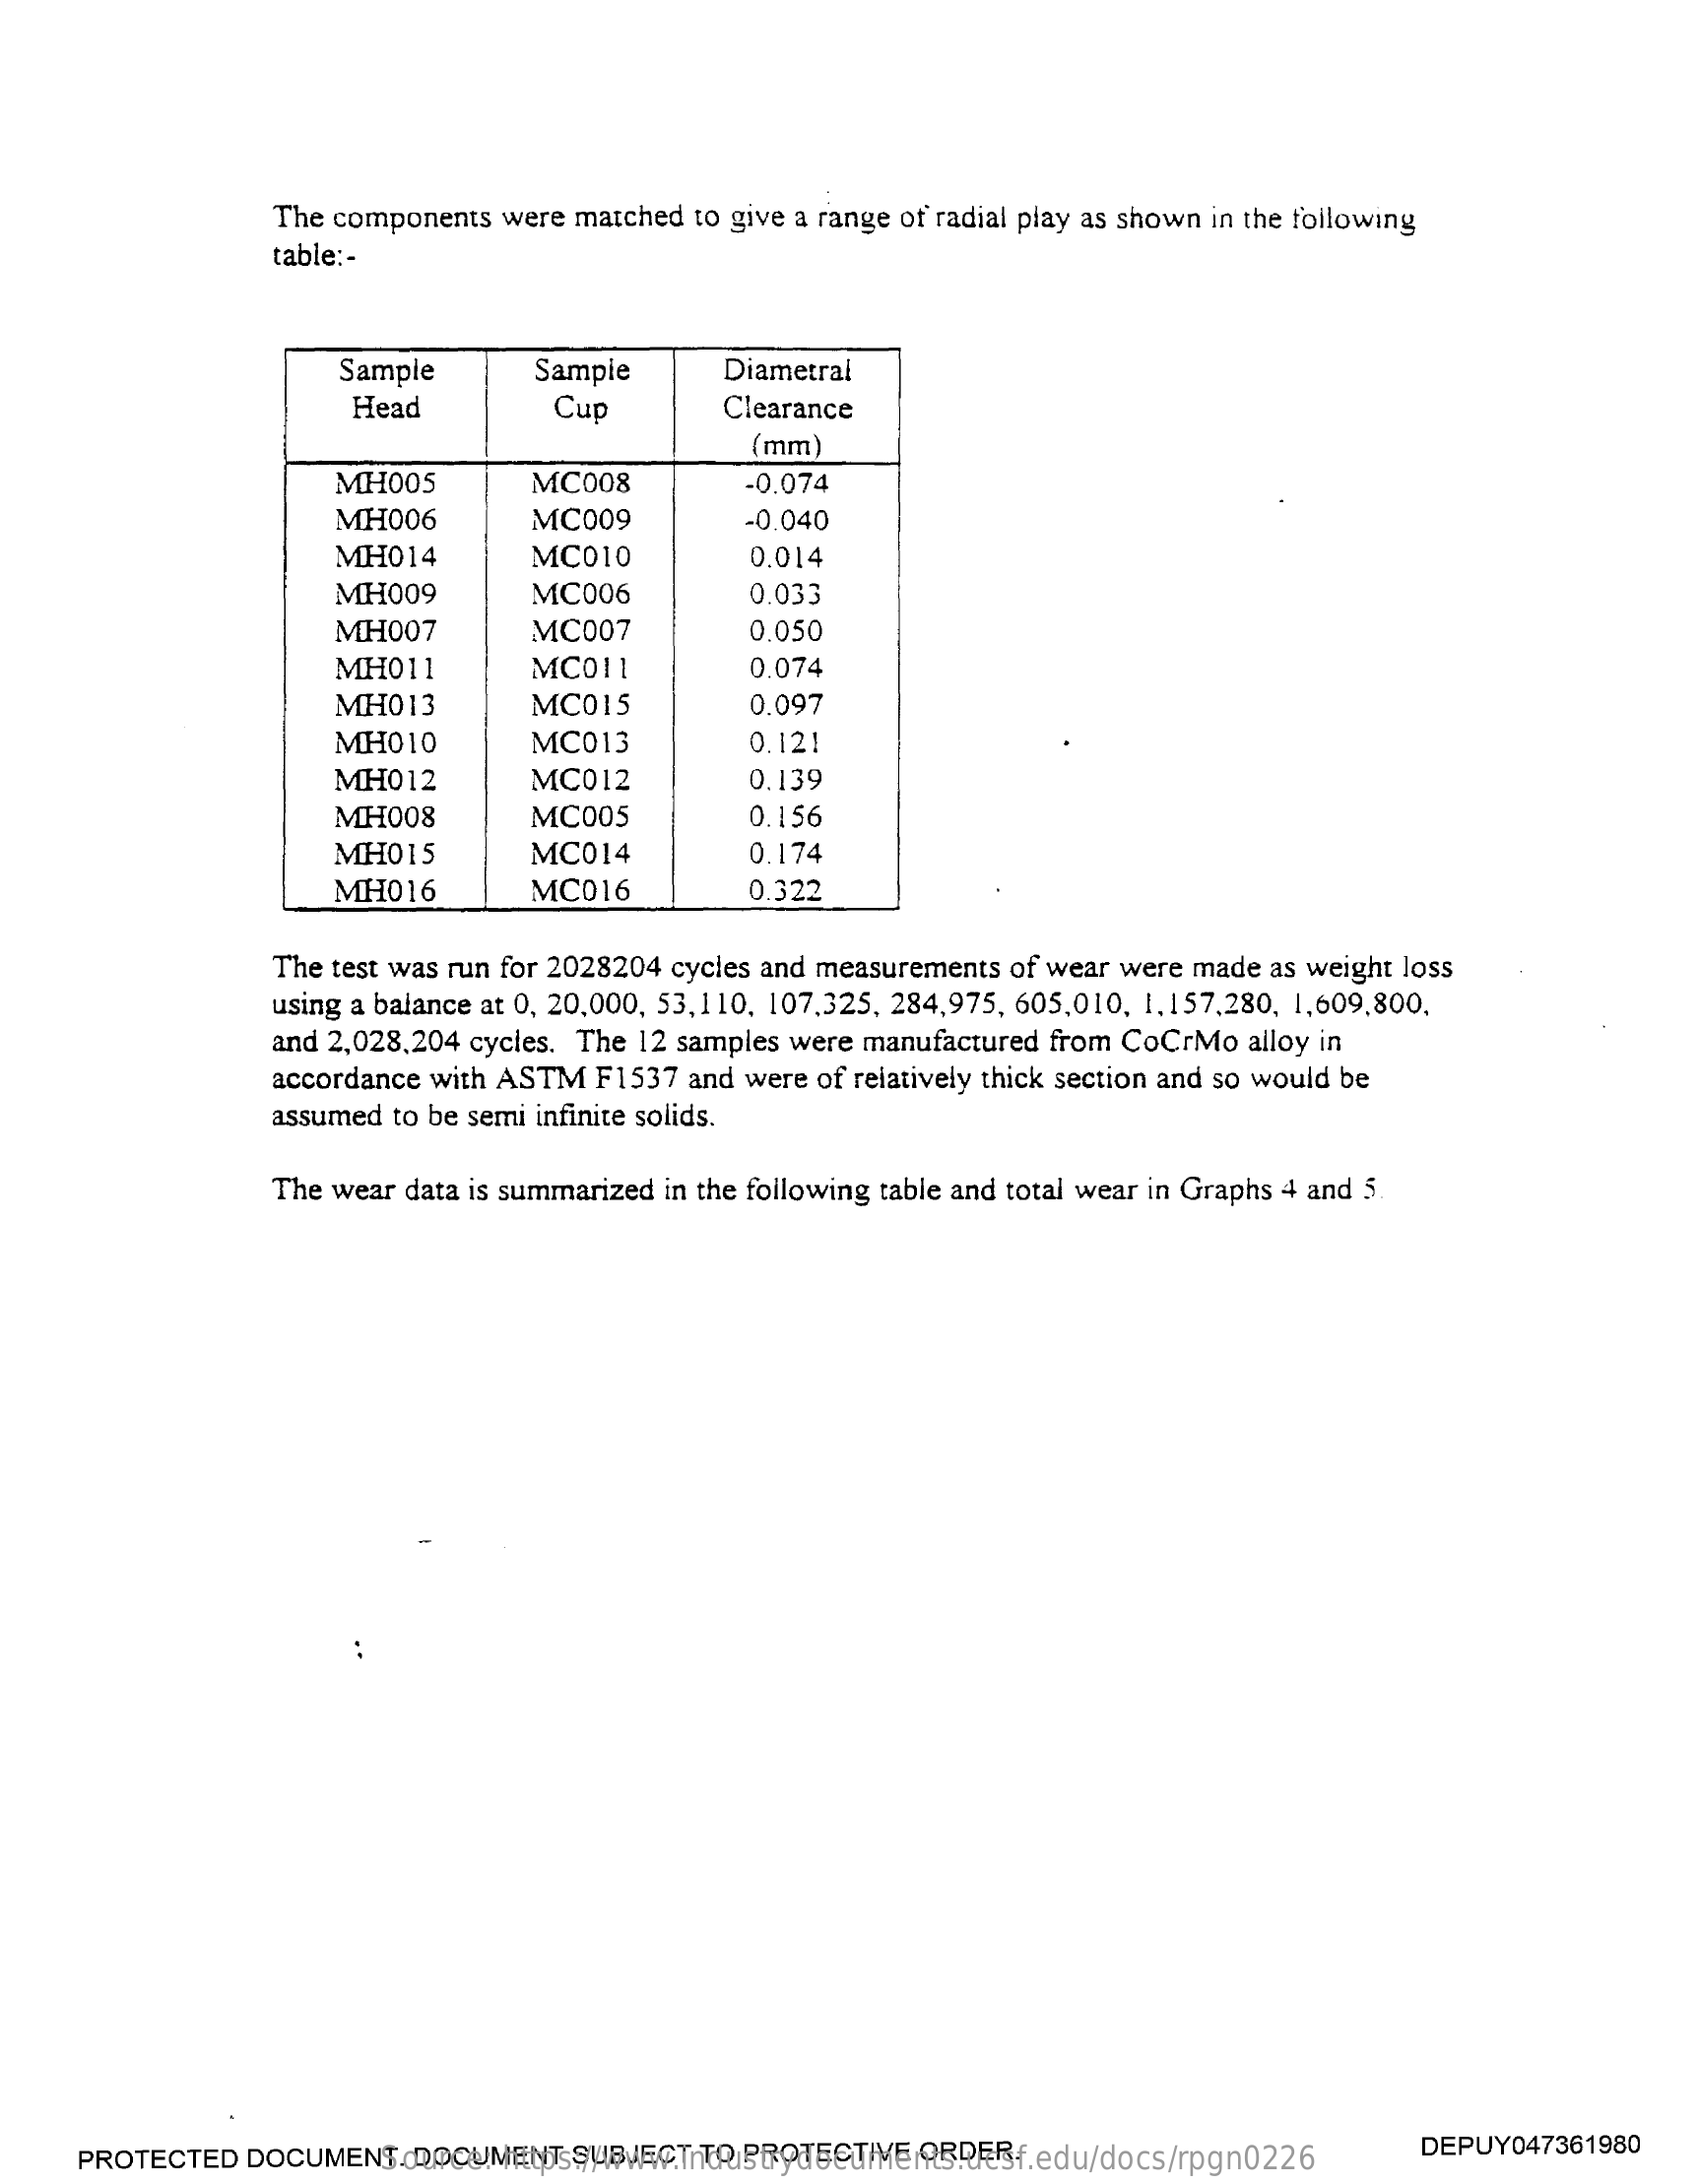
The components    were  matched   to  give a range  of  radial play  as shown   in the following
     table :-
     Sample    Sample    Diametral
     Head    Cup    Clearance
     (mm)
     MH005    MC008    -0.074
     MH006    MC009    -0.040
     MH014    MC010    0.014
     MH009    MC006    0.033
     MH007    MC007    0.050
     MH011    MC011    0.074
     MH013    MC015    0.097
     MH010    MC013    0.121
     MH012    MC012    0.139
     MH008    MC005    0.156
     MH015    MC014    0.174
     MH016    MC016    0.322
     The  test was  run  for 2028204    cycles  and  measurements    of  wear  were  made   as  weight  loss
     using  a balance  at 0, 20,000,   53, 110,  107.325,   284,975,   605,010,   1.157,280,   1,609,800,
     and 2,028,204    cycles.  The  12  samples   were  manufactured    from  CoCrMo    alloy  in
     accordance    with  ASTM    F1537   and  were  of relatively  thick section  and  so  would  be
     assumed    to be semi  infinite solids.
     The wear   data is summarized    in the following   table and  total wear  in Graphs   4  and  5
     PROTECTED    DOCUMENT.    DOCUMENT    SUBJECT    TO  PROTECTIVE    ORDER. Source: https://www.industrydocuments.ucsf.edu/docs/rpgn0226
     DEPUY047361980